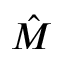
\hat { M }